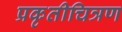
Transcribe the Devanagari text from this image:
प्रकृतीचित्रण